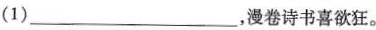
(1)___，漫卷诗书喜欲狂。